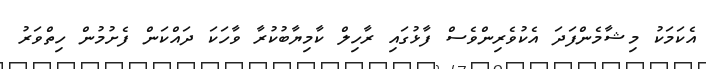
އެކަމަކު މިޝާމެންފަދަ އެކުވެރިންވެސް ފާޅުގައި ރާހިލް ކާމިޔާބުކުރާ ވާހަކަ ދައްކަން ފެށުމުން ހިތްވަރު